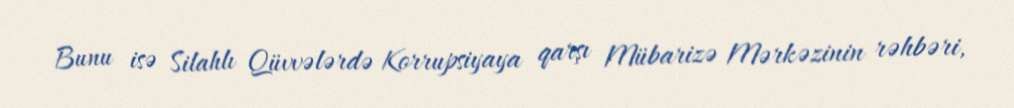
Bunu isə Silahlı Qüvvələrdə Korrupsiyaya qarşı Mübarizə Mərkəzinin rəhbəri,